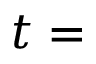
t =